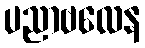
ပညာဗလေန